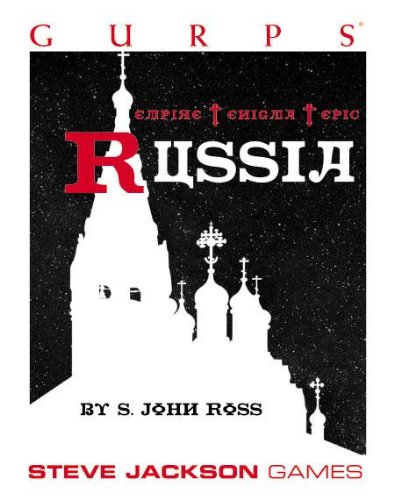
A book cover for GURPS Russia; Steve Jackson Games; Science Fiction & Fantasy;